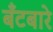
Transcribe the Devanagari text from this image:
बँटबारे